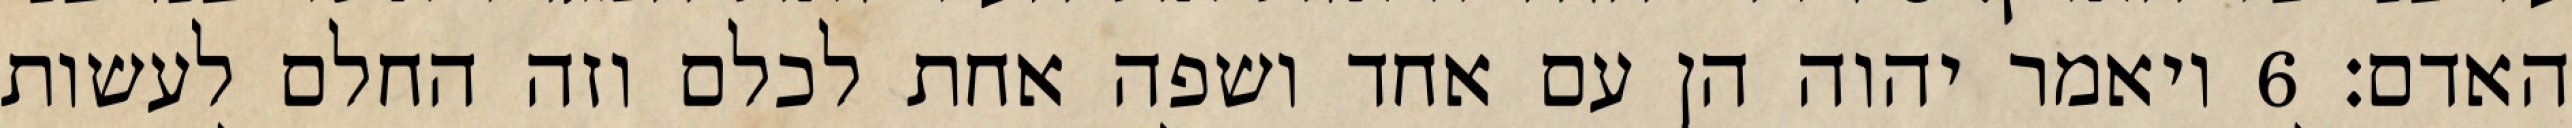
האדם׃ ‎6‏ ויאמר יהוה הן עם אחד ושפה אחת לכלם וזה החלם לעשות